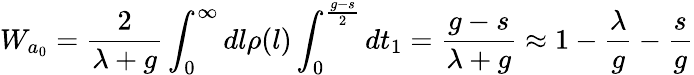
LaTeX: W_{a_{0}}=\frac{2}{\lambda+g}\int_{0}^{\infty}dl\rho(l)\int_{0}^{\frac{g-s}{2}}dt_{1}=\frac{g-s}{\lambda+g}\approx 1-\frac{\lambda}{g}-\frac{s}{g}